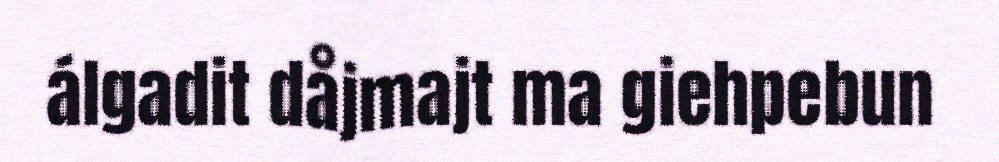
álgadit dåjmajt ma giehpebun